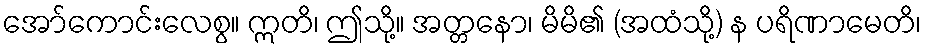
အော်ကောင်းလေစွ။ ဣတိ၊ ဤသို့။ အတ္တနော၊ မိမိ၏ (အထံသို့) န ပရိဏာမေတိ၊